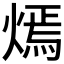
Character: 𤎄